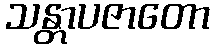
သန္တာပဇာတော